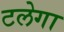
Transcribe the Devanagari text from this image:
टलेगा